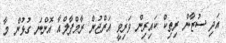
އަދި ސުޒާން ރިތިކް ކައިރިން ވަރިވީ އަރްޖުން ރާމްޕާލްއާ އޮންނަ ގުޅުން މާ